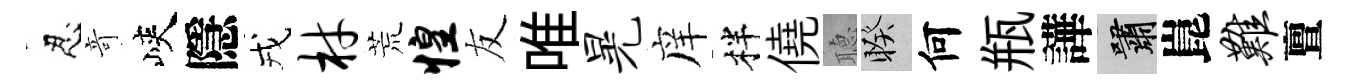
忍竒峽隱戎材荒惶友唯晃庠柈僥𦗟睽何瓶譁嘯崑难亶